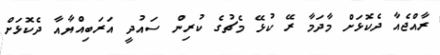
ރާއްޖެއާ ދެކޮޅަށް މާދަމާ ރޭ ކުޅޭ މެޗުގެ ކުރިން ސައުދީ އަރަބިއްޔާއާ ދެކޮޅަށް